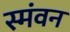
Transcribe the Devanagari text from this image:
स्मंवन